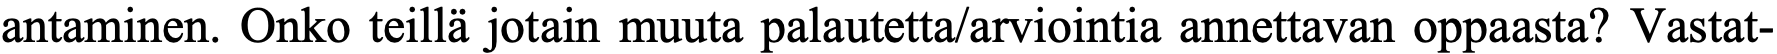
antaminen. Onko teillä jotain muuta palautetta/arviointia annettavan oppaasta? Vastat-